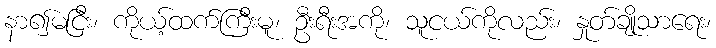
နာ၍မငြီး၊ ကိုယ့်ထက်ကြီးမူ၊ ဦးရီးအကို၊ သူငယ်ကိုလည်း၊ နှုတ်ချိုသာရေး၊